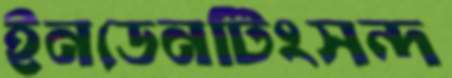
ইনডেনটিংসন্দ